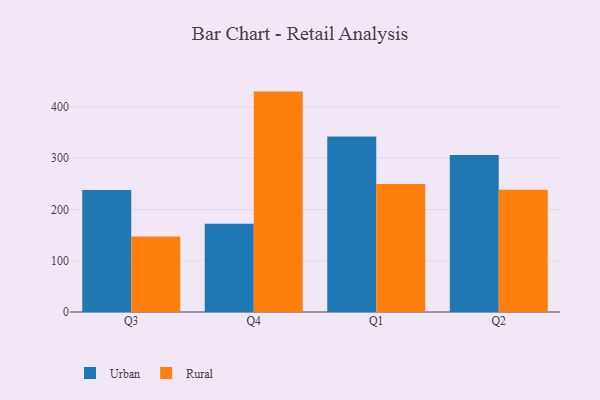
{"axis": {"x": "Quarter", "y": "Inventory Turnover"}, "legend": ["Rural", "Urban"], "data": [{"x": "Q3", "y": 238.0, "type": "Urban"}, {"x": "Q3", "y": 147.2, "type": "Rural"}, {"x": "Q4", "y": 172.4, "type": "Urban"}, {"x": "Q4", "y": 430.0, "type": "Rural"}, {"x": "Q1", "y": 342.3, "type": "Urban"}, {"x": "Q1", "y": 249.7, "type": "Rural"}, {"x": "Q2", "y": 306.1, "type": "Urban"}, {"x": "Q2", "y": 238.6, "type": "Rural"}]}